Juri_Uluots, lk 19
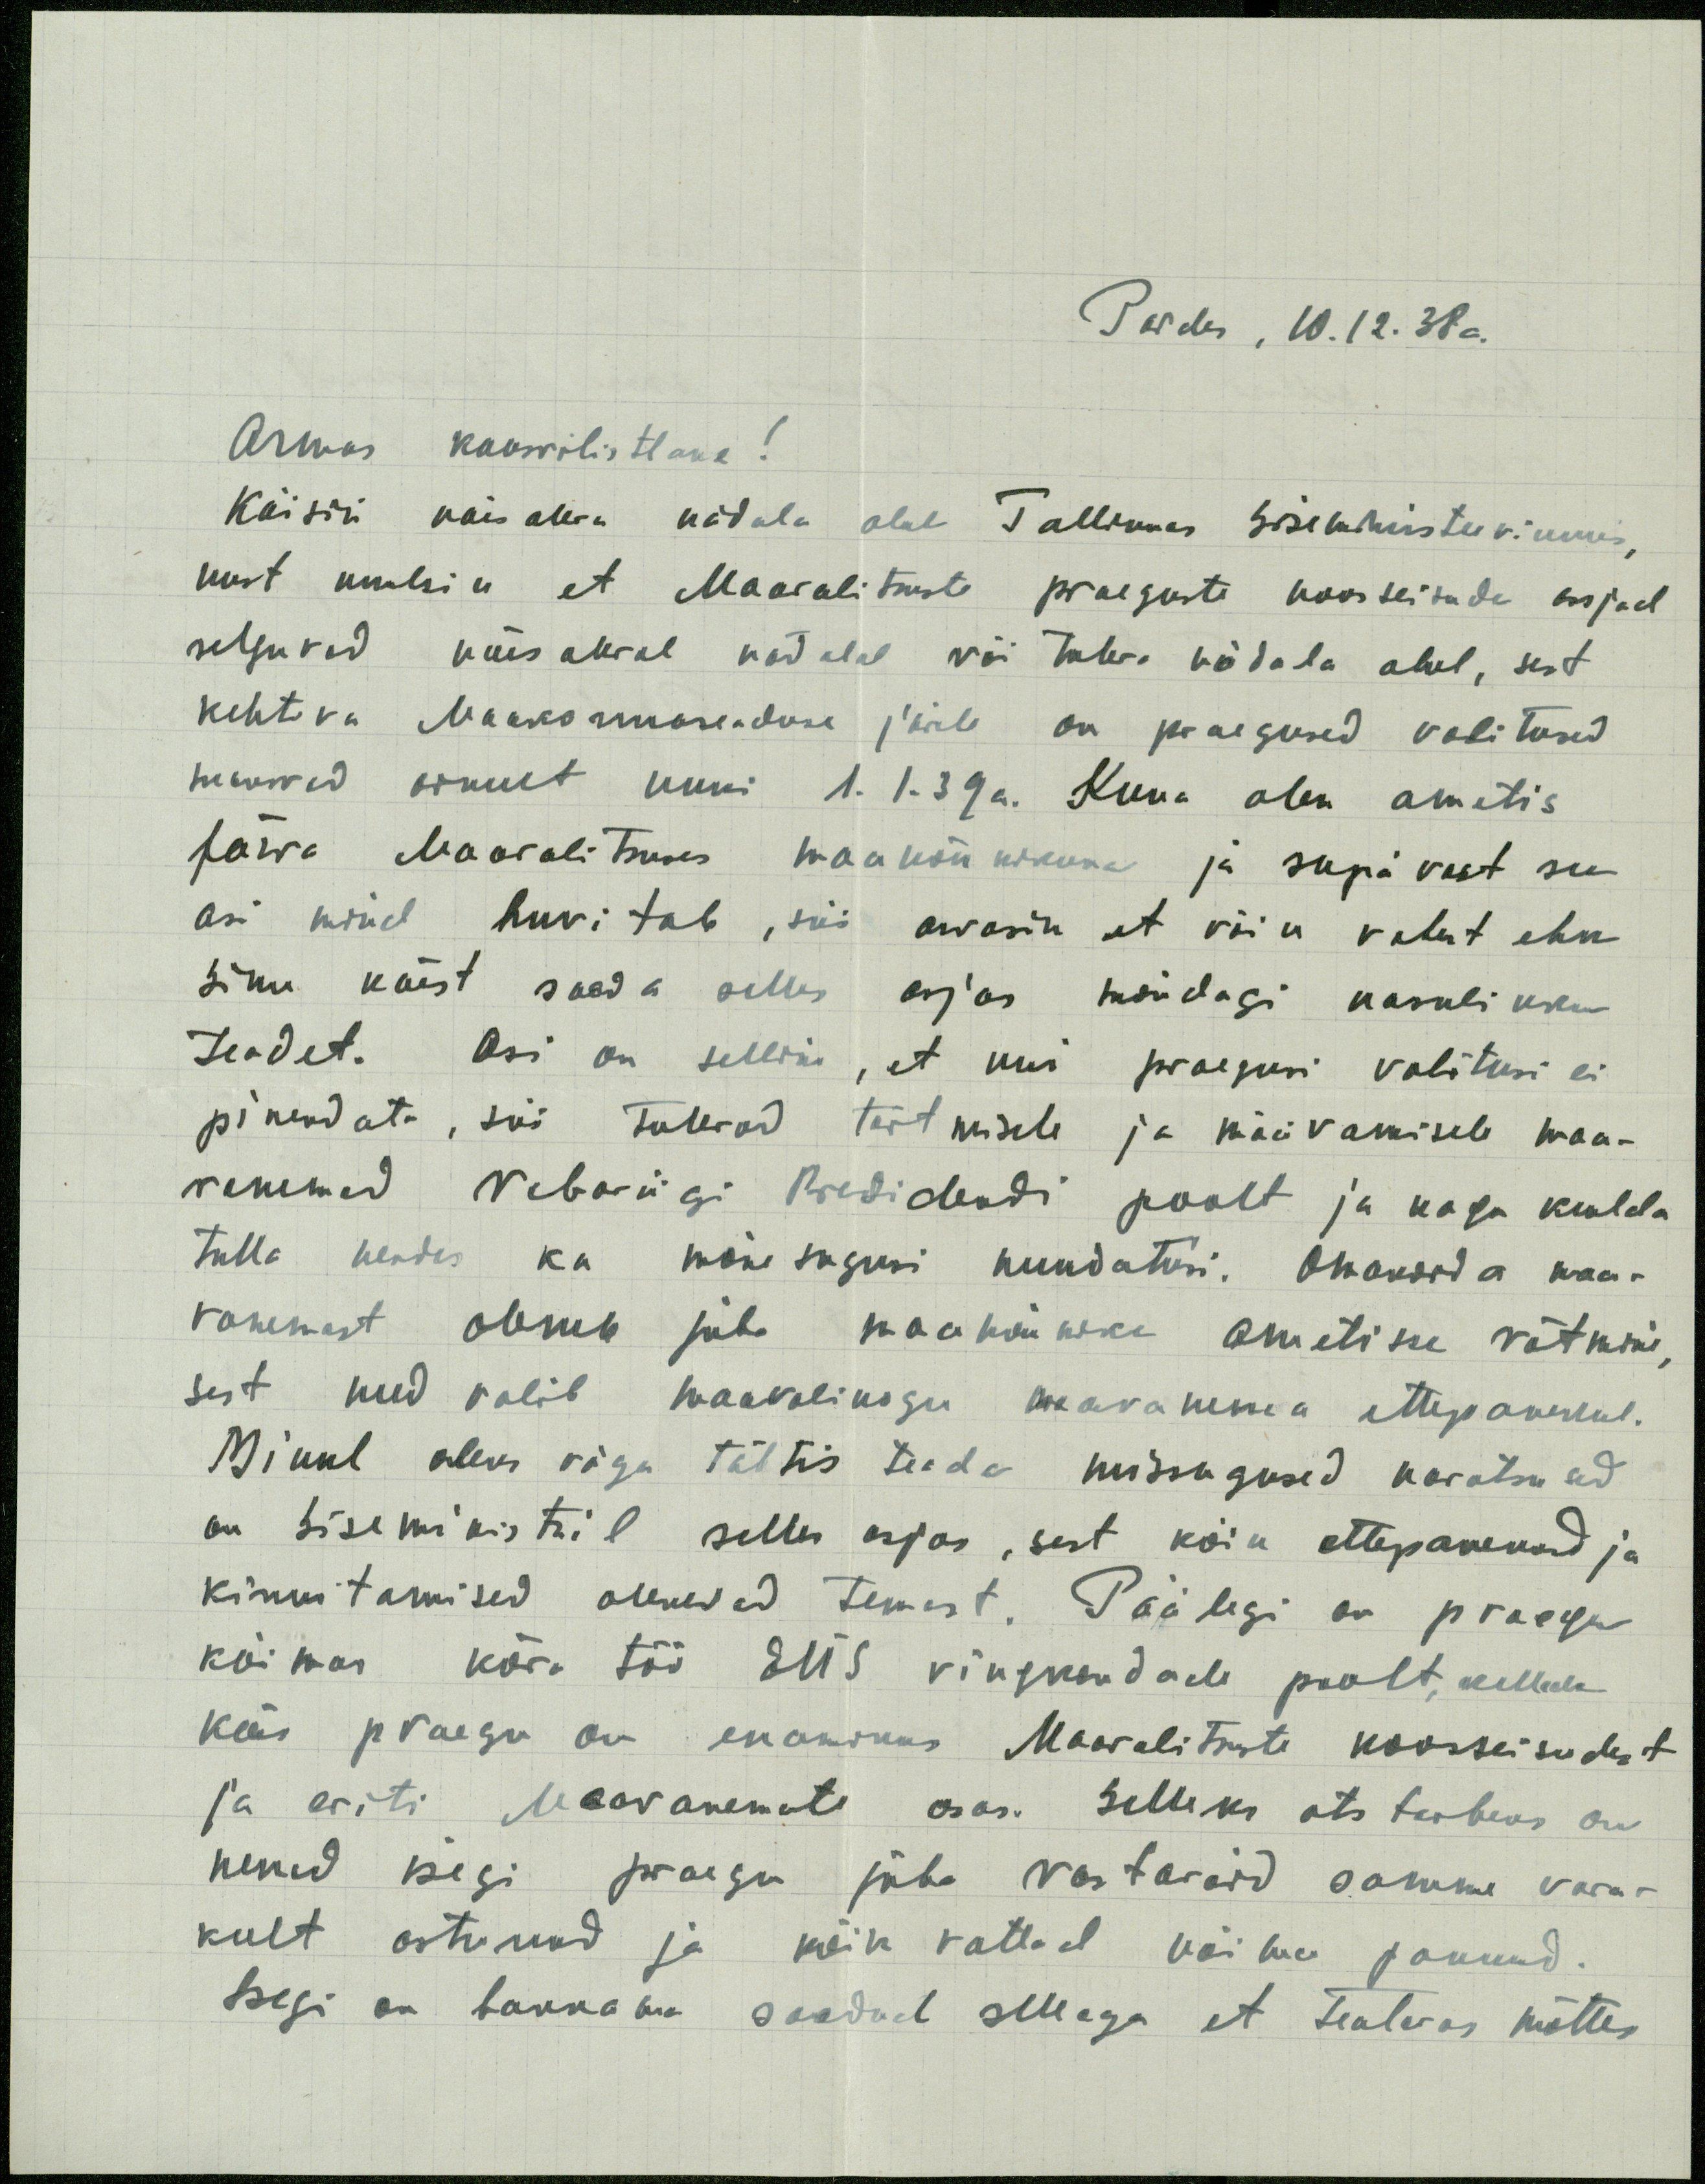
Paides, 10.12.38a.
Armas kaasvilistlane!
Käisin käes oleva nädala alul Tallinnas Siseministeeriumis,
kust kuulsin et Maavalitsuste praeguste koosseisude asjad
selguvad käesoleval nädalal või tuleva nädala alul, sest
kehtiva Maakonnaseaduse järele on praegused volitused
muvad ainult kuni 1.1.39a. Kuna olen ametis
Järva Maavalitsuses maanõunikuna ja seepärast see
asi mind huvitab, siis arvasin et võin vahest ehk
Sinu käest saada selles asjas mõndagi kasulikku
teadet. Asi on selline, et kui praegusi volitusi ei
pikendata, siis tulevad täitmisele ja määramisele maa-
vanemad Vabariigi Presidendi poolt ja nagu kuulda
tulla nendes ka mõnesugusi muudatusi. Omakorda maa-
vanemast oleneb juba maanõuniku ametisse võtmine,
sest need valib maavolikogu maavanema ettepanekul.
Minul oleks väga tähtis teada missugused kavatsused
on siseministril selles asjas, sest kõik ettepanekud ja
kinnitamised olenevad temast. Päälegi on praegu
käimas kõva töö EÜS ringkondade poolt, kellede
käes praegu on enamikus Maavalitsuste koosseisudest
ja eriti Maavanemate osas. Selleks ots tarbeks on
nemad isegi praegu juba vastavaid samme vara-
kult astunud ja kõik rattad käima pannud.
Isegi on hakkama saadud sellega et teatavas mõttes